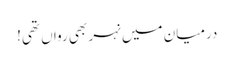
درمیان میں نہر بھی رواں تھی!